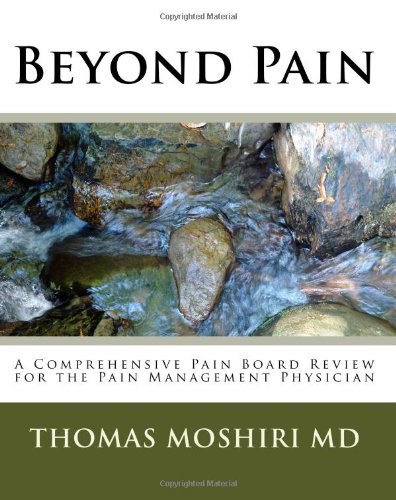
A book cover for Beyond Pain: A Comprehensive Pain Board Review For The Pain Management Physician; Thomas Moshiri MD; Medical Books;